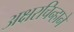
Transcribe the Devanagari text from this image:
अक्षरचिन्हाने